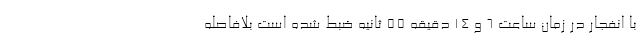
با انفجار در زمان ساعت ۶ و ۱۴ دقیقه ۵۵ ثانیه ضبط شده است بلافاصله